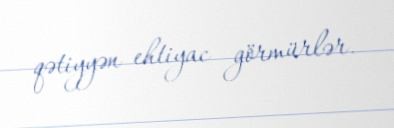
qətiyyən ehtiyac görmürlər.